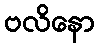
ဗလိနော